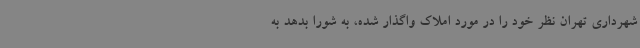
شهرداری تهران نظر خود را در مورد املاک واگذار شده، به شورا بدهد به